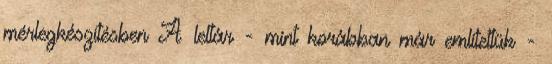
mérlegkészítésben A leltár - mint korábban már említettük -